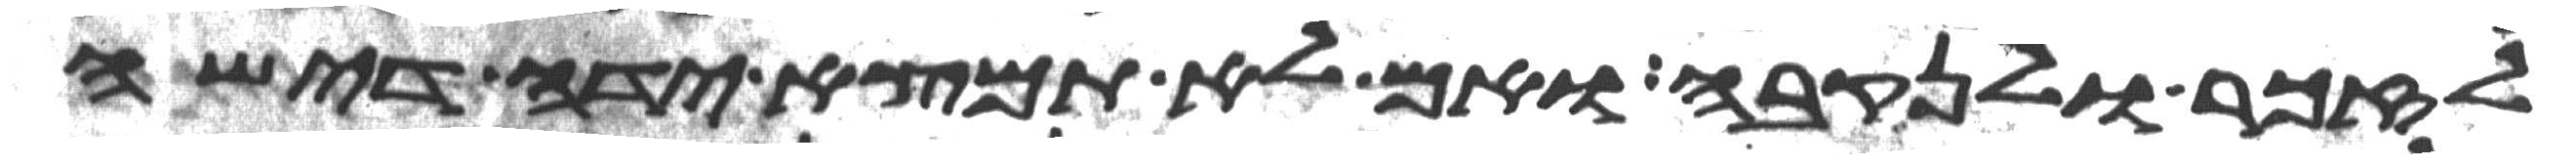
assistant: לזכר ולנקבה ואם לא תמצא ידה די שה